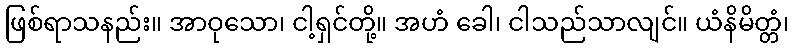
ဖြစ်ရာသနည်း။ အာဝုသော၊ ငါ့ရှင်တို့။ အဟံ ခေါ၊ ငါသည်သာလျင်။ ယံနိမိတ္တံ၊